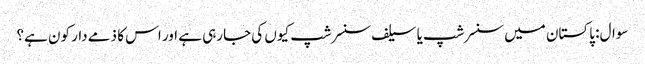
سوال: پاکستان میں سنسرشپ یا سیلف سنسرشپ کیوں کی جارہی ہے اور اس کا ذمے دار کون ہے؟